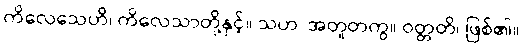
ကိလေသေဟိ၊ ကိလေသာတို့နှင့်။ သဟ၊ အတူတကွ။ ဝတ္တတိ၊ ဖြစ်၏။